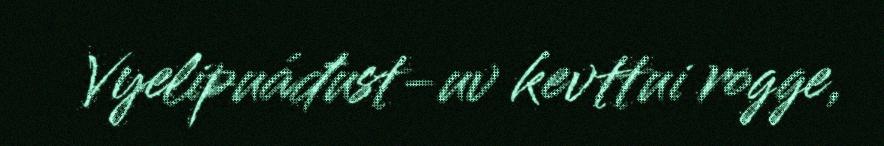
Vyelipuáđust-uv kevttui rogge,